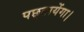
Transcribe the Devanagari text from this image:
पछ्तायेंगा।